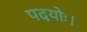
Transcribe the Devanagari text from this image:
पदयोः।